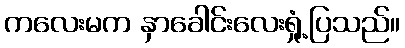
ကလေးမက နှာခေါင်းလေးရှုံ့ပြသည်။